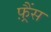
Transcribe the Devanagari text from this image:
फ़्रैंस